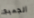
الجميع